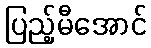
ပြည့်မီအောင်